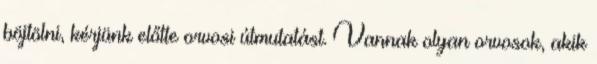
böjtölni, kérjünk előtte orvosi útmutatást. Vannak olyan orvosok, akik